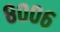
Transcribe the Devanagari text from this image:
८००६